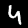
Label: 4